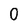
Character: 0